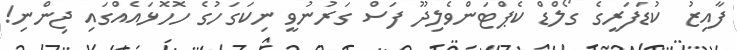
ފާއިޒު  ކުޑަފަރީގެ ގޯލްޑް ކެޕްޓަންވެލިދޫ ފަސް ގަރުނުވީ ނިކަގަހުގެ ހޮހޮޅައެއްގައި ޖިންނި!